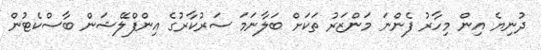
ދުނިޔެ އިން މިހާރު ފެންނަ މަންޒަރު ތަކަށް ބަލާނަމަ ސަރުކާރުގެ އިންފްލޭޝަން ބާސްކެޓުން